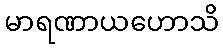
မာရဏာယဟောသိ